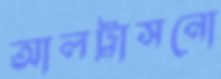
আলট্রাসনো